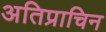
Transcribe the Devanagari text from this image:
अतिप्राचिन